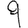
Digit: 9